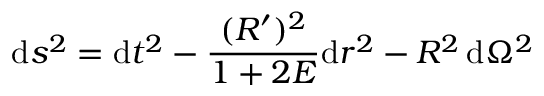
\mathrm { d } s ^ { 2 } = \mathrm { d } t ^ { 2 } - { \frac { ( R ^ { \prime } ) ^ { 2 } } { 1 + 2 E } } \mathrm { d } r ^ { 2 } - R ^ { 2 } \, \mathrm { d } \Omega ^ { 2 }